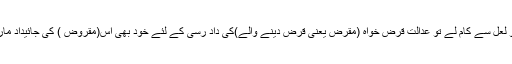
اگر وہ عدالتی حکم کے باوجود لیت و لعل سے کام لے تو عدالت قرض خواہ (مقرِض یعنی قرض دینے والے)کی داد رسی کے لئے خود بھی اس(مقروض ) کی جائیداد مارکیٹ ریٹ پرفروخت کر سکتی ہے۔